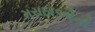
મરાઠાઓની